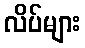
လိပ်များ